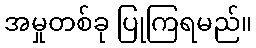
အမှုတစ်ခု ပြုကြရမည်။